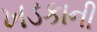
ખડકાની